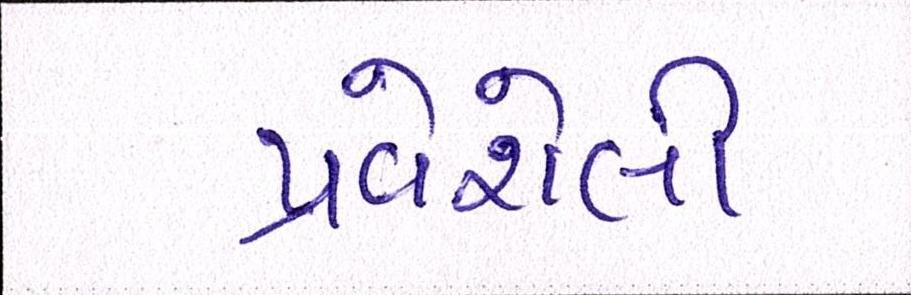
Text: પ્રવેશેલી